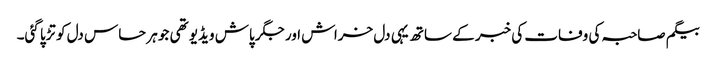
بیگم صاحبہ کی وفات کی خبر کے ساتھ یہی دل خراش اور جگر پاش ویڈیو تھی جو ہر حساس دل کو تڑپا گئی۔